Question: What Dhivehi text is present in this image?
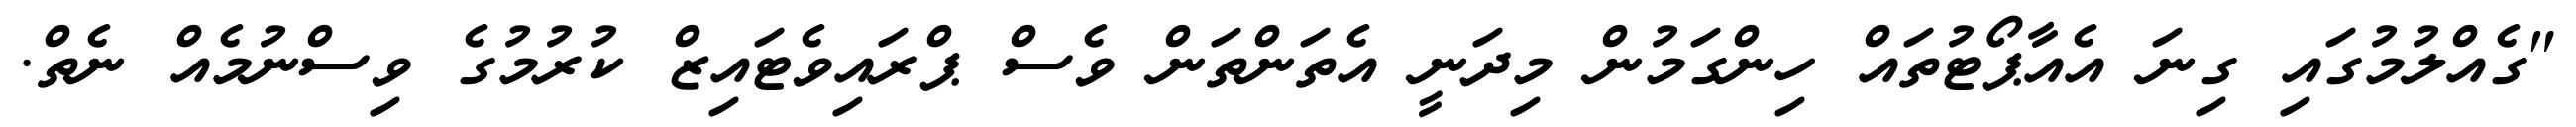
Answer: "ގެއްލުމުގައި ގިނަ އެއާޕޯޓުތައް ހިންގަމުން މިދަނީ އެތަންތަން ވެސް ޕްރައިވެޓައިޒް ކުރުމުގެ ވިސްނުމެއް ނެތް.